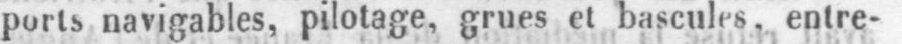
ports navigables, pilotage, grues et bascules, entre-